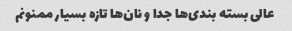
عالی بسته بندی‌ها جدا و نان‌ها تازه بسیار ممنونم